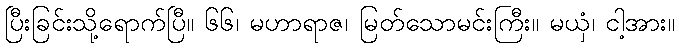
ပြီးခြင်းသို့ရောက်ပြီ။ ၆၆၊ မဟာရာဇ၊ မြတ်သောမင်းကြီး။ မယှံ၊ ငါ့အား။